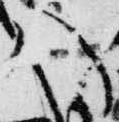
八